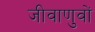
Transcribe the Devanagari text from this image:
जीवाणुवों